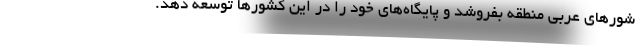
شورهای عربی منطقه بفروشد و پایگاه‌های خود را در این کشورها توسعه دهد.